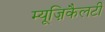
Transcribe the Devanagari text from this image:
म्यूज़िकैलटी